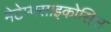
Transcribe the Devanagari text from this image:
मेटेम्पसाइकोसिस